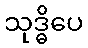
သုဒ္ဓိပေ